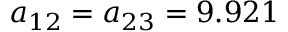
a _ { 1 2 } = a _ { 2 3 } = 9 . 9 2 1